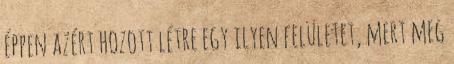
éppen azért hozott létre egy ilyen felületet, mert meg